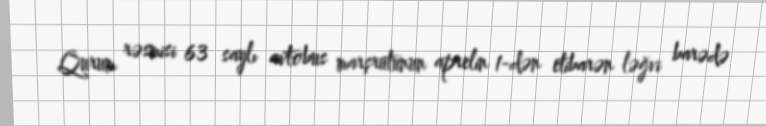
Qurum rəsmisi 63 saylı avtobus marşrutunun aprelin 1-dən etibarən ləğvi barədə